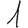
Digit: 1